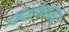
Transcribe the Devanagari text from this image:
बिर्याण्यांमध्ये